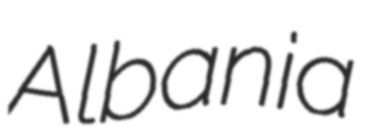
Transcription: Albania